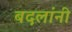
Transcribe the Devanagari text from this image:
बदलांनी